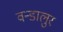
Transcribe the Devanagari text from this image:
वन्डालुर